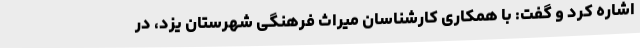
اشاره کرد و گفت: با همکاری کارشناسان میراث فرهنگی شهرستان یزد، در